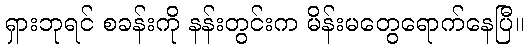
ရှားဘုရင် စခန်းကို နန်းတွင်းက မိန်းမတွေရောက်နေပြီ။